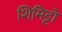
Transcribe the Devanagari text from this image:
शिमिट्टो